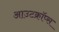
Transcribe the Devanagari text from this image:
आउटक्रॉप्स